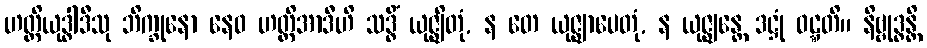
ဟတ္ထိယုဒ္ဓါဒီသု ဘိက္ခုနော နေဝ ဟတ္ထိအာဒီဟိ သဒ္ဓိံ ယုဇ္ဈိတုံ, န တေ ယုဇ္ဈာပေတုံ, န ယုဇ္ဈန္တေ ဒဋ္ဌုံ ဝဋ္ဋတိ။ နိဗ္ဗုဒ္ဓန္တိ